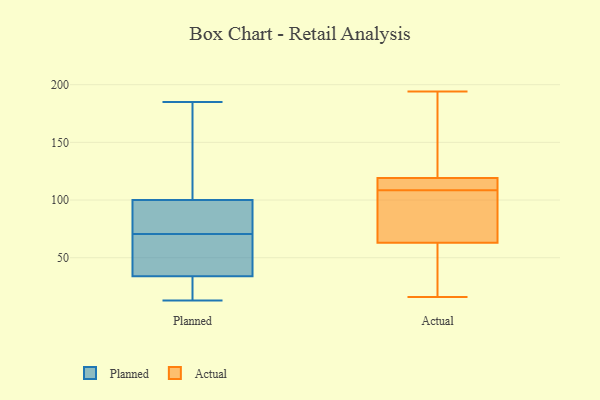
{"axis": {"x": "Demand Index", "y": "Value"}, "legend": ["Actual", "Planned"], "data": [{"x": "", "y": 74, "type": "Planned"}, {"x": "", "y": 49, "type": "Planned"}, {"x": "", "y": 183, "type": "Planned"}, {"x": "", "y": 28, "type": "Planned"}, {"x": "", "y": 100, "type": "Planned"}, {"x": "", "y": 185, "type": "Planned"}, {"x": "", "y": 34, "type": "Planned"}, {"x": "", "y": 87, "type": "Planned"}, {"x": "", "y": 68, "type": "Planned"}, {"x": "", "y": 27, "type": "Planned"}, {"x": "", "y": 38, "type": "Planned"}, {"x": "", "y": 73, "type": "Planned"}, {"x": "", "y": 46, "type": "Planned"}, {"x": "", "y": 89, "type": "Planned"}, {"x": "", "y": 13, "type": "Planned"}, {"x": "", "y": 175, "type": "Planned"}, {"x": "", "y": 29, "type": "Planned"}, {"x": "", "y": 121, "type": "Planned"}, {"x": "", "y": 36, "type": "Actual"}, {"x": "", "y": 108, "type": "Actual"}, {"x": "", "y": 137, "type": "Actual"}, {"x": "", "y": 194, "type": "Actual"}, {"x": "", "y": 63, "type": "Actual"}, {"x": "", "y": 109, "type": "Actual"}, {"x": "", "y": 92, "type": "Actual"}, {"x": "", "y": 119, "type": "Actual"}, {"x": "", "y": 16, "type": "Actual"}, {"x": "", "y": 110, "type": "Actual"}]}